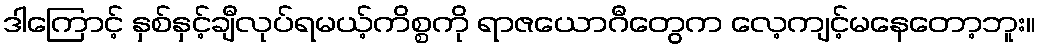
ဒါကြောင့် နှစ်နှင့်ချီလုပ်ရမယ့်ကိစ္စကို ရာဇယောဂီတွေက လေ့ကျင့်မနေတော့ဘူး။